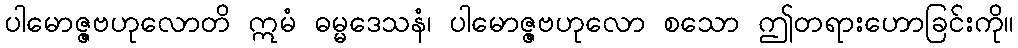
ပါမောဇ္ဇဗဟုလောတိ ဣမံ ဓမ္မဒေသနံ၊ ပါမောဇ္ဇဗဟုလော စသော ဤတရားဟောခြင်းကို။